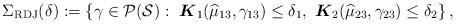
LaTeX: \begin{align*}\Sigma_{\mathrm{RDJ} } (\delta):= \left\{ \gamma \in \mathcal{P}(\mathcal{S} ): \ \boldsymbol{K}_1( \widehat{\mu}_{13}, \gamma_{13}) \leq \delta_1, \ \boldsymbol{K}_2(\widehat{\mu}_{23}, \gamma_{23}) \leq \delta_2 \right\}, \end{align*}